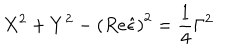
X ^ { 2 } + Y ^ { 2 } - \left( R e \hat { \epsilon } \right) ^ { 2 } = \frac 1 4 \Gamma ^ { 2 }